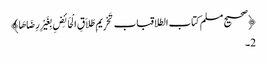
﴿صحیح مسلم کتاب الطلاقباب تَحْرِیمِ طَلاَقِ الْحَائِضِ بِغَیْرِ رِضَاهَا﴾
2۔